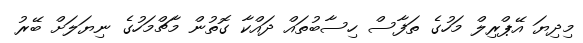
މިދިޔަ އޭޕްރިލް މަހުގެ ތަފާސް ހިސާބުތައް ދައްކާ ގޮތުން މާޗްމަހުގެ ނިޔަލަށް ބޭރު